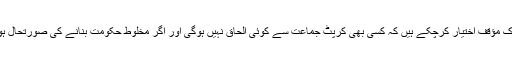
یاد رہے کہ انتخابی مہم کے دوران عمران خان دو ٹوک مؤقف اختیار کرچکے ہیں کہ کسی بھی کرپٹ جماعت سے کوئی الحاق نہیں ہوگی اور اگر مخلوط حکومت بنانے کی صورتحال ہوئی تو تحریک انصاف اپوزیشن بینچوں پر بیٹھے گی۔